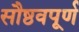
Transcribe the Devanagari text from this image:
सौष्ठवपूर्ण